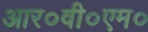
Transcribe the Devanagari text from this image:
आर०वी०एम०